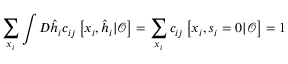
\sum _ { \boldsymbol { x } _ { i } } \int D \hat { \boldsymbol { h } } _ { i } c _ { i j } \left[ \boldsymbol { x } _ { i } , \hat { \boldsymbol { h } } _ { i } | \boldsymbol { \mathcal { O } } \right] = \sum _ { \boldsymbol { x } _ { i } } c _ { i j } \left[ \boldsymbol { x } _ { i } , { { \boldsymbol { s } } _ { i } = 0 } | \boldsymbol { \mathcal { O } } \right] = 1